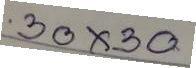
30x30